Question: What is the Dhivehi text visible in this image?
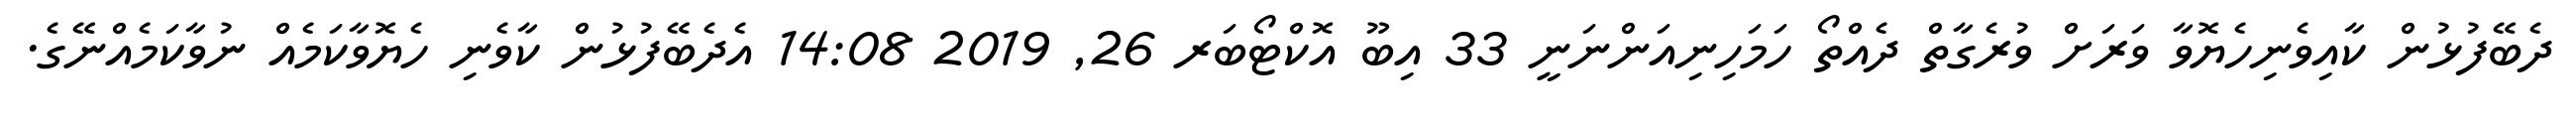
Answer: ދެބޭފުޅުން ކާއިވެނިހެޔޮވާ ވަރަށް ވުރެގާތް ދެއްތޯ ހަމަހިނިއަންނަނީ 33 އިބޫ އޮކްޓޯބަރ 26, 2019 14:08 އެދެބޭފުޅުން ކާވެނި ހެޔޮވާކަމެއް ނުވާކަމެއްނޭގެ.